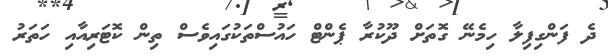
ދެ ފަންގިފިލާ ހިމެނޭ ގޮތަށް ދޫކުރާ ޕެންޓް ހައުސްތަކުގައިވެސް ތިން ކޮޓަރިއާއި ހަތަރު